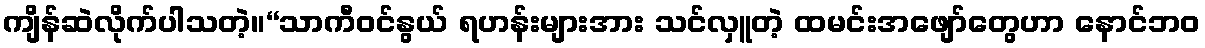
ကျိန်ဆဲလိုက်ပါသတဲ့။“သာကီဝင်နွယ် ရဟန်းများအား သင်လှူတဲ့ ထမင်းအဖျော်တွေဟာ နောင်ဘဝ